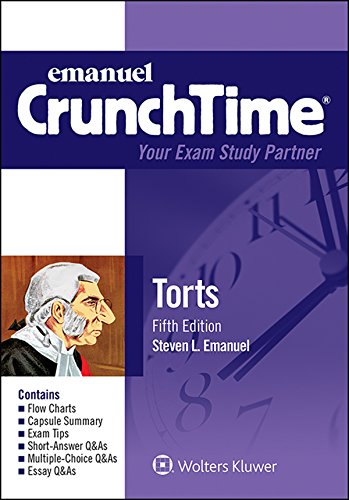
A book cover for Crunchtime: Torts; Steven L. Emanuel; Test Preparation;